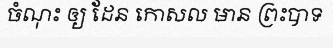
ចំណុះ ឲ្យ ដែន កោសល មាន ព្រះបាទ